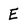
Character: E